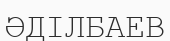
ӘДІЛБАЕВ